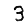
Digit: 3